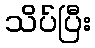
သိပ်ပြီး